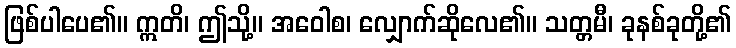
ဖြစ်ပါပေ၏။ ဣတိ၊ ဤသို့။ အဝေါစ၊ လျှောက်ဆိုလေ၏။ သတ္တမီ၊ ခုနစ်ခုတို့၏